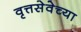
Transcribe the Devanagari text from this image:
वृत्तसेवेच्या